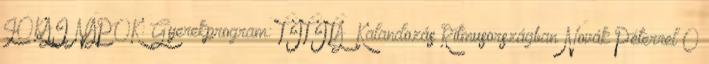
JÓKAI NAPOK: Gyerekprogram: TITITÁ –Kalandozás Ritmusországban Novák Péterrel 0